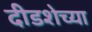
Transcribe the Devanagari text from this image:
दीडशेच्या